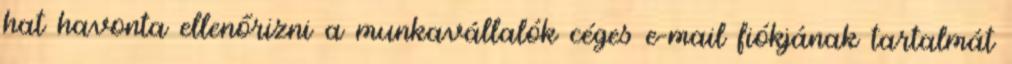
hat havonta ellenőrizni a munkavállalók céges e-mail fiókjának tartalmát